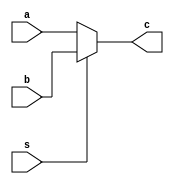
`timescale 1ns / 1ps
//////////////////////////////////////////////////////////////////////////////////
// Company: 
// Engineer: 
// 
// Design Name: 
// Module Name: MUX_2_by_1
// Project Name: 
// Target Devices: 
// Tool Versions: 
// Description: 
// 
// Dependencies: 
// 
// Revision:
// Revision 0.01 - File Created
// Additional Comments:
// 
//////////////////////////////////////////////////////////////////////////////////


module MUX_2_by_1(
    input [31:0] a,b,
    input s,
    output [31:0] c
);
    
    assign c = (s == 1'b0) ? a : b;
    //s = 0 => c = a
    //s = 1 => c = b;



endmodule